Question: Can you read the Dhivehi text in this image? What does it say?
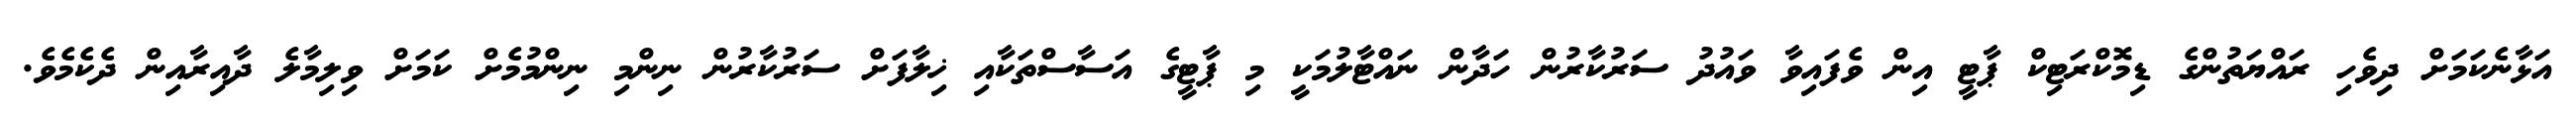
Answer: އަޅާނެކަމަށް ދިވެހި ރައްޔަތުންގެ ޑިމޮކްރަޓިކް ޕާޓީ އިން ވެފައިވާ ވައުދު ސަރުކާރުން ހަދާން ނައްޓާލުމަކީ މި ޕާޓީގެ އަސާސްތަކާއި ޚިލާފަށް ސަރުކާރުން ނިންމި ނިންމުމެށް ކަމަށް ވިލިމާލެ ދާއިރާއިން ދެކެމެވެ.